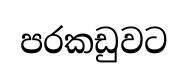
පරකඩුවට